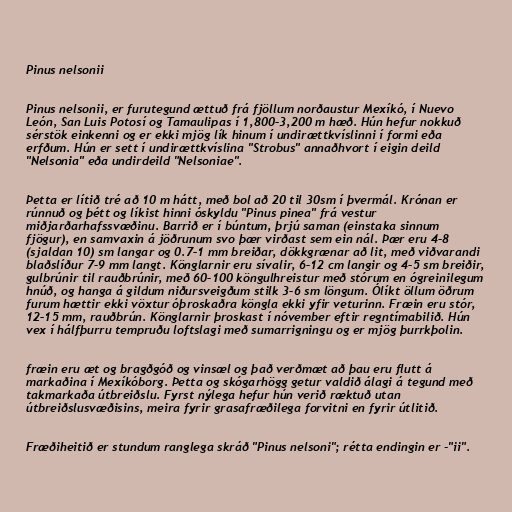
Pinus nelsonii

Pinus nelsonii, er furutegund ættuð frá fjöllum norðaustur Mexíkó, í Nuevo
León, San Luis Potosí og Tamaulipas í 1,800–3,200 m hæð. Hún hefur nokkuð
sérstök einkenni og er ekki mjög lík hinum í undirættkvíslinni í formi eða
erfðum. Hún er sett í undirættkvíslina "Strobus" annaðhvort í eigin deild
"Nelsonia" eða undirdeild "Nelsoniae".

Þetta er lítið tré að 10 m hátt, með bol að 20 til 30sm í þvermál. Krónan er
rúnnuð og þétt og líkist hinni óskyldu "Pinus pinea" frá vestur
miðjarðarhafssvæðinu. Barrið er í búntum, þrjú saman (einstaka sinnum
fjögur), en samvaxin á jöðrunum svo þær virðast sem ein nál. Þær eru 4–8
(sjaldan 10) sm langar og 0.7–1 mm breiðar, dökkgrænar að lit, með viðvarandi
blaðslíður 7–9 mm langt. Könglarnir eru sívalir, 6–12 cm langir og 4–5 sm breiðir,
gulbrúnir til rauðbrúnir, með 60–100 köngulhreistur með stórum en ógreinilegum
hnúð, og hanga á gildum niðursveigðum stilk 3–6 sm löngum. Ólíkt öllum öðrum
furum hættir ekki vöxtur óþroskaðra köngla ekki yfir veturinn. Fræin eru stór,
12–15 mm, rauðbrún. Könglarnir þroskast í nóvember eftir regntímabilið. Hún
vex í hálfþurru tempruðu loftslagi með sumarrigningu og er mjög þurrkþolin.

fræin eru æt og bragðgóð og vinsæl og það verðmæt að þau eru flutt á
markaðina í Mexíkóborg. Þetta og skógarhögg getur valdið álagi á tegund með
takmarkaða útbreiðslu. Fyrst nýlega hefur hún verið ræktuð utan
útbreiðslusvæðisins, meira fyrir grasafræðilega forvitni en fyrir útlitið.

Fræðiheitið er stundum ranglega skráð "Pinus nelsoni"; rétta endingin er -"ii".